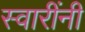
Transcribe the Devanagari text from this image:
स्वारींनी